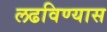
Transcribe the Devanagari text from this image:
लढविण्यास